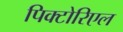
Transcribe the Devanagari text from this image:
पिक्टोरिएल